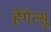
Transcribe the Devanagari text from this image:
हेंगेत्सू